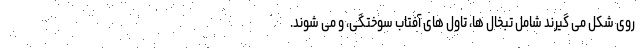
روی شکل می گیرند شامل تبخال ها، تاول های آفتاب سوختگی، و می شوند.